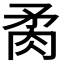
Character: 𦚇